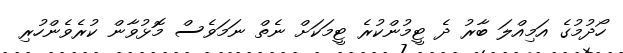
ހޯދުމުގެ އަމިއްލަ ބާރު ދެ ޓީމުންކުރެ ޓީމަކަށް ނެތް ނަމަވެސް މޮޅުވާން ކުރެވެންހުރި